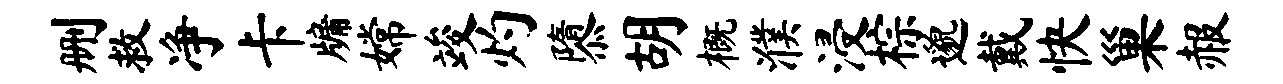
删救净卡牖嫦竣灼隳胡概濮浸棕邈戴快巢赧